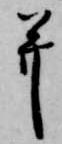
并